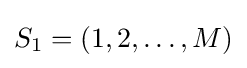
S_{1}=(1,2,\ldots ,M)